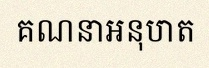
គណនាអនុបាត